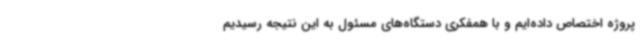
پروژه اختصاص داده‌ایم و با همفکری دستگاه‌های مسئول به این نتیجه رسیدیم